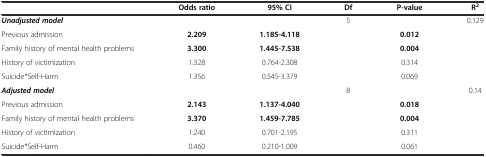
<table><thead><tr><td></td><td><b>Odds ratio</b></td><td><b>95% CI</b></td><td><b>Df</b></td><td><b>P-value</b></td><td><b>R<sup>2</sup></b></td></tr></thead><tbody><tr><td><b><i>Unadjusted model</i></b></td><td></td><td></td><td>5</td><td></td><td>0.129</td></tr><tr><td>Previous admission</td><td><b>2.209</b></td><td><b>1.185-</b><b>4.118</b></td><td></td><td><b>0.012</b></td><td></td></tr><tr><td>Family history of mental health problems</td><td><b>3.300</b></td><td><b>1.445-</b><b>7.538</b></td><td></td><td><b>0.004</b></td><td></td></tr><tr><td>History of victimization</td><td>1.328</td><td>0.764-2.308</td><td></td><td>0.314</td><td></td></tr><tr><td>Suicide*Self-Harm</td><td>1.356</td><td>0.545-3.379</td><td></td><td>0.069</td><td></td></tr><tr><td><b><i>Adjusted model</i></b></td><td></td><td></td><td>8</td><td></td><td>0.14</td></tr><tr><td>Previous admission</td><td><b>2.143</b></td><td><b>1.137-</b><b>4.040</b></td><td></td><td><b>0.018</b></td><td></td></tr><tr><td>Family history of mental health problems</td><td><b>3.370</b></td><td><b>1.459-</b><b>7.785</b></td><td></td><td><b>0.004</b></td><td></td></tr><tr><td>History of victimization</td><td>1.240</td><td>0.701-2.195</td><td></td><td>0.311</td><td></td></tr><tr><td>Suicide*Self-Harm</td><td>0.460</td><td>0.210-1.009</td><td></td><td>0.061</td><td></td></tr></tbody></table>